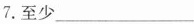
7.至少___